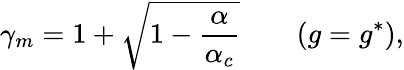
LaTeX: \gamma_{m}=1+\sqrt{1-\frac{\alpha}{\alpha_{c}}}\qquad(g=g^{*}),